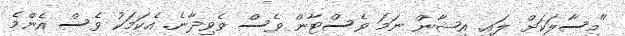
"މިސާލަކަށް ލައި. އިޝާން ނަމަ ވެސްޓާން ވެސް ވެވިދާނެ. އެކަމަކު ވެސް އެންމެ